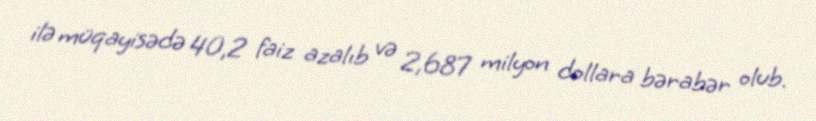
ilə müqayisədə 40,2 faiz azalıb və 2,687 milyon dollara bərabər olub.